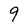
Character: 9